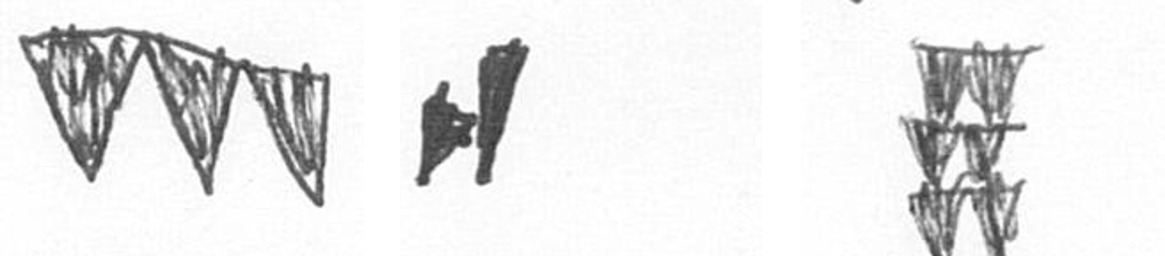
L M Y